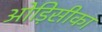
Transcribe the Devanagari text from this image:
ओड़िसीका